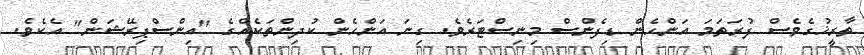
ތާރީޚުގެވެސް ފުރަތަމަ އަންހެން ޑިފެންސް މިނިސްޓަރެވެ. ގިނަ އަންހެން ކުދިންތަކެއްގެ "އިންސްޕިރޭޝަން" އެކެވެ.